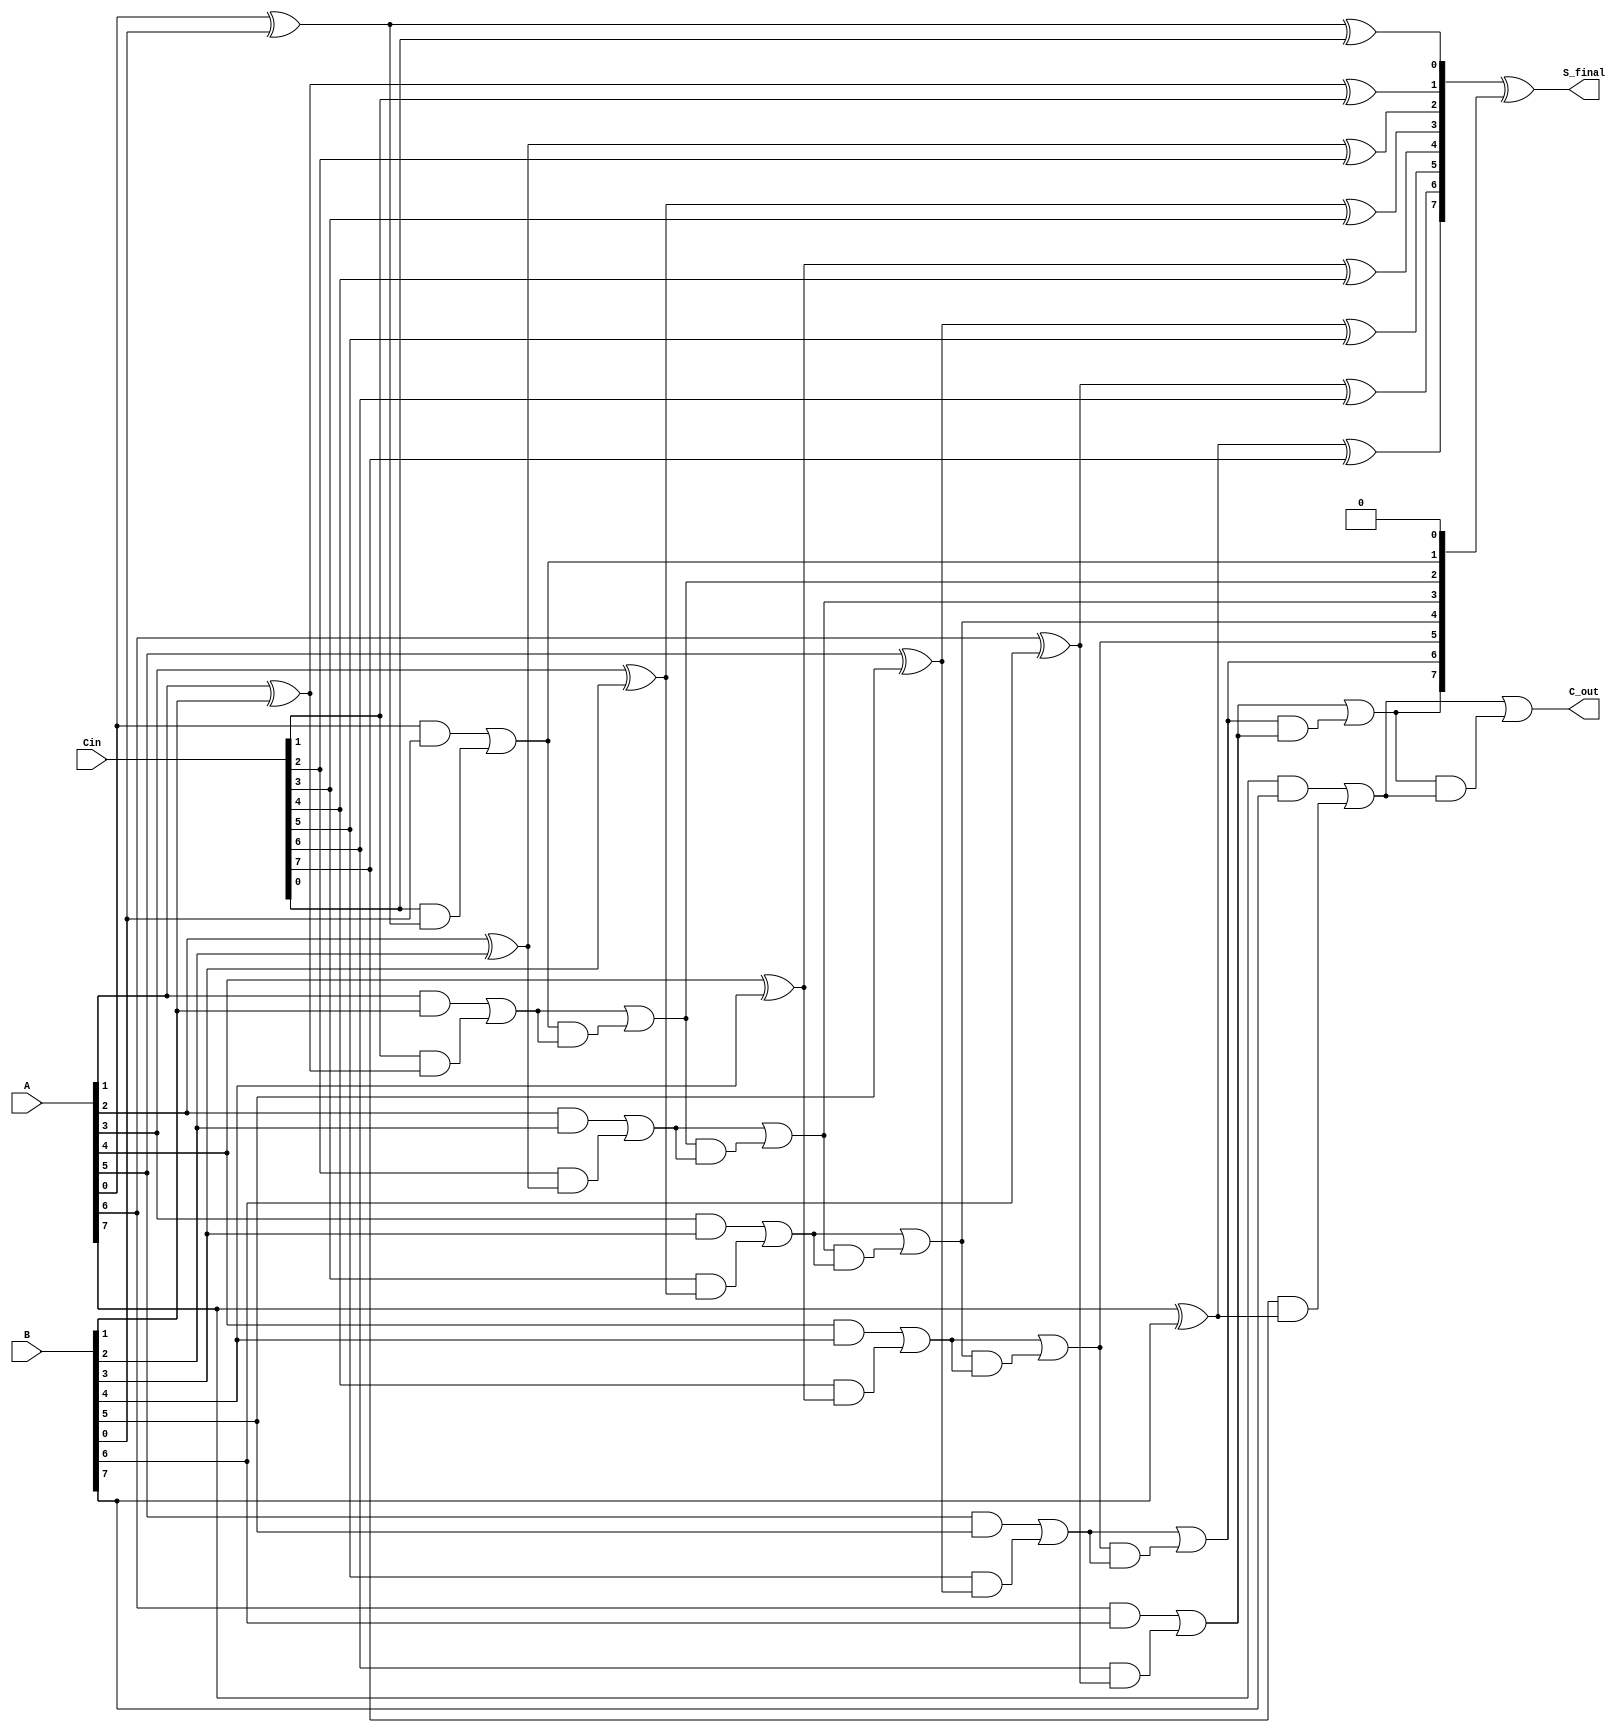
module carry_save_adder #(
    parameter N = 8  // Bit-width of the inputs
)(
    input [N-1:0] A,      // Input A
    input [N-1:0] B,      // Input B
    input [N-1:0] Cin,    // Carry-in
    output [N-1:0] S_final, // Final Sum output
    output C_out          // Carry-out
);

    wire [N-1:0] S;        // Partial sum results
    wire [N-1:0] C;        // Carry results
    wire [N:0] carry_chain; // Carry chain including the final carry out

    // Partial sum and carry generation
    genvar i;
    generate
        for (i = 0; i < N; i = i + 1) begin: adder_stage
            // Calculate the sum for each bit position
            assign S[i] = A[i] ^ B[i] ^ Cin[i];

            // Calculate the carry for the next bit position
            assign C[i] = (A[i] & B[i]) | (Cin[i] & (A[i] ^ B[i]));
        end
    endgenerate

    // Propagate the carry bits through the carry chain
    assign carry_chain[0] = 0; // Initial carry in for least significant bit
    generate
        for (i = 0; i < N; i = i + 1) begin: carry_process
            assign carry_chain[i + 1] = C[i] | (carry_chain[i] & C[i]);
        end
    endgenerate

    // Final sum output calculation
    assign S_final = S ^ carry_chain[N-1:0];
    assign C_out = carry_chain[N]; // Final carry output

endmodule